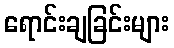
ရောင်းချခြင်းများ